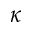
\kappa